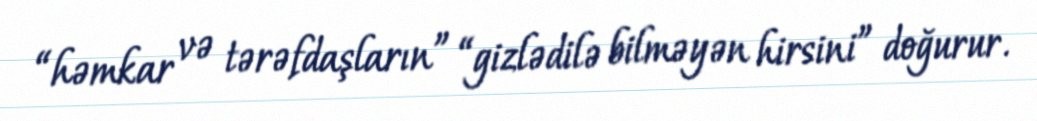
“həmkar və tərəfdaşların” “gizlədilə bilməyən hirsini” doğurur.